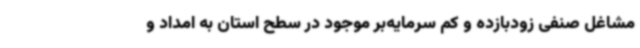
مشاغل صنفی زودبازده و کم سرمایه‌بر موجود در سطح استان به امداد و